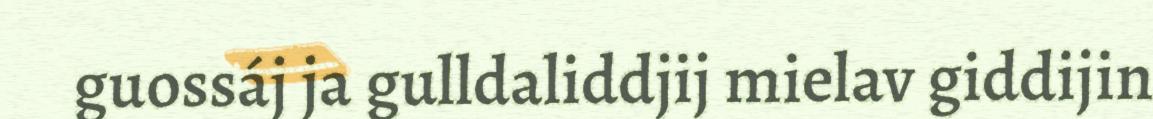
guossáj ja gulldaliddjij mielav giddijin